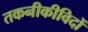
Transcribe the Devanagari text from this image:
तकनीकीविदों